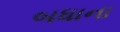
બધાના